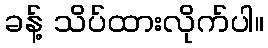
ခန့် သိပ်ထားလိုက်ပါ။